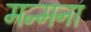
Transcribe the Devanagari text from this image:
मन्मना